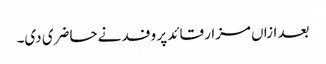
بعد ازاں مزار قائد پر وفد نے حاضری دی۔